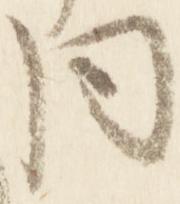
同